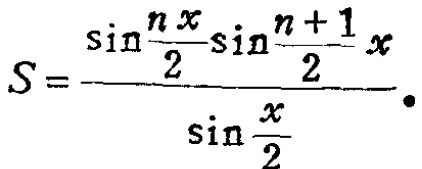
\[S = \frac{\sin\frac{nx}{2}\sin\frac{n + 1}{2}x}{\sin\frac{x}{2}}.\]